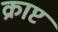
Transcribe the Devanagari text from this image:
क्राप्ट